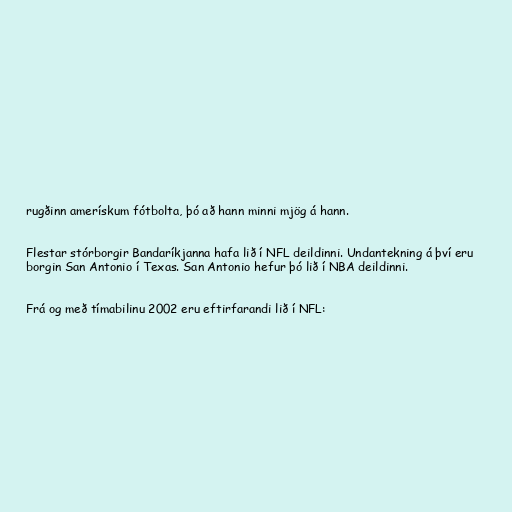
rugðinn amerískum fótbolta, þó að hann minni mjög á hann.

Flestar stórborgir Bandaríkjanna hafa lið í NFL deildinni. Undantekning á því eru
borgin San Antonio í Texas. San Antonio hefur þó lið í NBA deildinni.

Frá og með tímabilinu 2002 eru eftirfarandi lið í NFL: